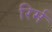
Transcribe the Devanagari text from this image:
रिर्म